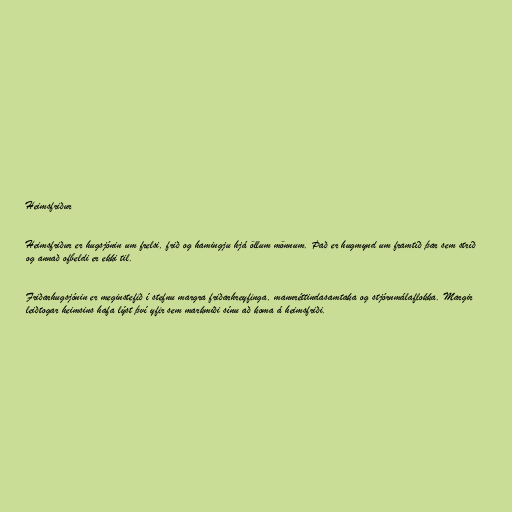
Heimsfriður

Heimsfriður er hugsjónin um frelsi, frið og hamingju hjá öllum mönnum. Það er hugmynd um framtíð þar sem stríð
og annað ofbeldi er ekki til.

Friðarhugsjónin er meginstefið í stefnu margra friðarhreyfinga, mannréttindasamtaka og stjórnmálaflokka. Margir
leiðtogar heimsins hafa lýst því yfir sem markmiði sínu að koma á heimsfriði.